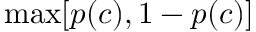
\mathrm { m a x } [ p ( c ) , 1 - p ( c ) ]